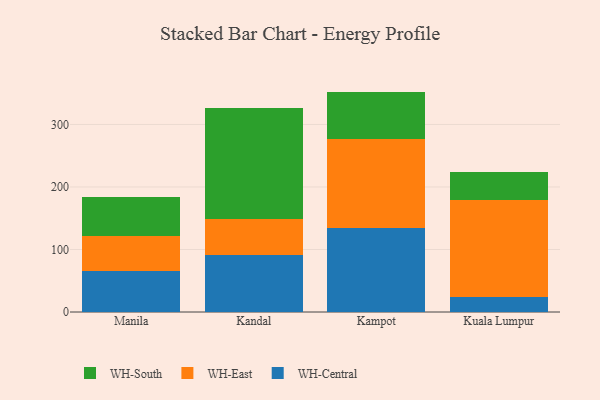
{"axis": {"x": "City", "y": "Budget (USD K)"}, "legend": ["WH-Central", "WH-East", "WH-South"], "data": [{"x": "Manila", "y": 65.0, "type": "WH-Central"}, {"x": "Manila", "y": 56.7, "type": "WH-East"}, {"x": "Manila", "y": 62.5, "type": "WH-South"}, {"x": "Kandal", "y": 91.2, "type": "WH-Central"}, {"x": "Kandal", "y": 57.5, "type": "WH-East"}, {"x": "Kandal", "y": 176.9, "type": "WH-South"}, {"x": "Kampot", "y": 133.9, "type": "WH-Central"}, {"x": "Kampot", "y": 143.5, "type": "WH-East"}, {"x": "Kampot", "y": 75.2, "type": "WH-South"}, {"x": "Kuala Lumpur", "y": 23.8, "type": "WH-Central"}, {"x": "Kuala Lumpur", "y": 155.3, "type": "WH-East"}, {"x": "Kuala Lumpur", "y": 44.3, "type": "WH-South"}]}